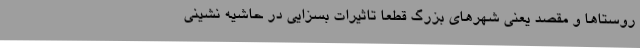
روستاها و مقصد یعنی شهرهای بزرگ قطعا تاثیرات بسزایی در حاشیه نشینی